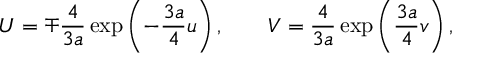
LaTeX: U = \mp \frac { 4 } { 3 a } \exp \left( - \frac { 3 a } { 4 } u \right) , \quad \quad V = \frac { 4 } { 3 a } \exp \left( \frac { 3 a } { 4 } v \right) ,